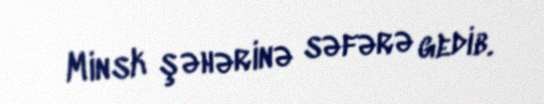
Minsk şəhərinə səfərə gedib.